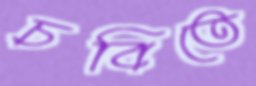
চবিতে